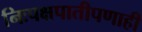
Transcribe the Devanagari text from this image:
निःपक्षपातीपणाही